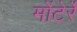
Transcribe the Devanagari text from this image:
मोंटेर्रे